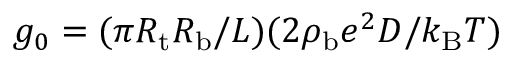
g _ { 0 } = ( \pi R _ { \mathrm { t } } R _ { \mathrm { b } } / L ) ( 2 \rho _ { \mathrm { { b } } } e ^ { 2 } D / k _ { \mathrm { B } } T )